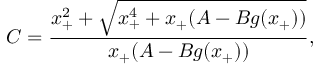
C = \frac { x _ { + } ^ { 2 } + \sqrt { x _ { + } ^ { 4 } + x _ { + } ( A - B g ( x _ { + } ) ) } } { x _ { + } ( A - B g ( x _ { + } ) ) } ,